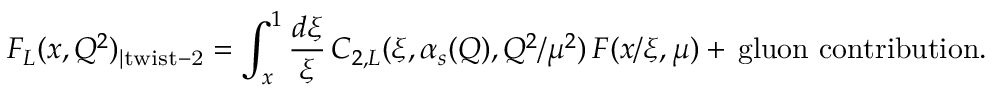
F _ { L } ( x , Q ^ { 2 } ) _ { | \mathrm { t w i s t - 2 } } = \int _ { x } ^ { 1 } \frac { d \xi } { \xi } \, C _ { 2 , L } ( \xi , \alpha _ { s } ( Q ) , Q ^ { 2 } / \mu ^ { 2 } ) \, F ( x / \xi , \mu ) + \, \mathrm { g l u o n ~ c o n t r i b u t i o n } .